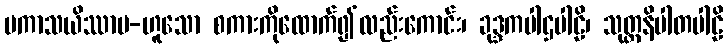
ပကာသယိဿာမ-ဟူသော စကားကိုထောက်၍လည်းကောင်း၊ ခုဒ္ဒကပါဌပါဠိ၊ သုတ္တနိပါတပါဠိ